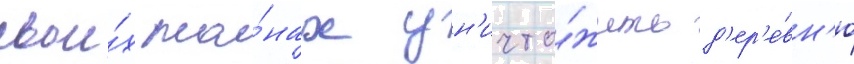
свои́х пла́нах ун'ичто́жить д'ер'е́вн'ю